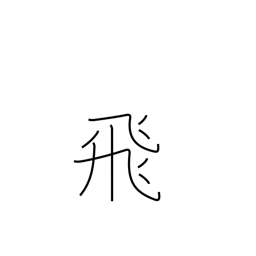
Meaning: skip (pages)